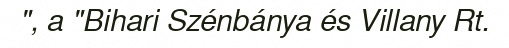
", a "Bihari Szénbánya és Villany Rt.